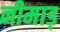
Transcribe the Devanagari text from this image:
नीमाड़